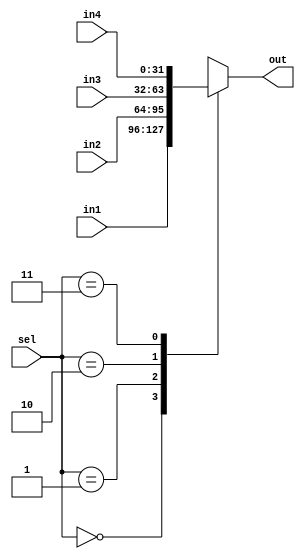
module mux41(out, sel, in1, in2, in3, in4);
input [31:0] in1, in2, in3, in4;
input [1:0] sel;
output reg [31:0] out;

always @(*)
begin
	case (sel)
		2'b00:
		out = in1;
		2'b01:
		out = in2;
		2'b10:
		out = in3;
		2'b11:
		out = in4;
	endcase
end
endmodule